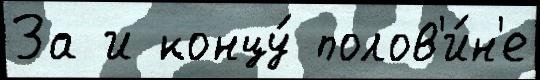
За и концу́ полов'и́н'е